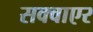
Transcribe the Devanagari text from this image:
सक्वाएर